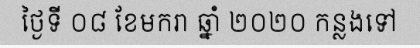
ថ្ងៃទី ០៨ ខែមករា ឆ្នាំ ២០២០ កន្លងទៅ